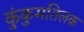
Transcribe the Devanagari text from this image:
कुंकुमतिलक